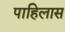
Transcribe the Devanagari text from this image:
पाहिलास